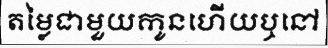
តម្លៃជាមួយកូនហើយឬនៅ